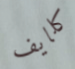
كلايف